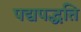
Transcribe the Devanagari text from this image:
पद्यपद्धति